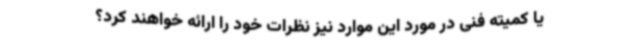
یا کمیته فنی در مورد این موارد نیز نظرات خود را ارائه خواهند کرد؟